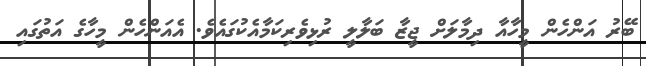
ބޭރު އަންހެން މީހާއާ ދިމާލަށް ޖީޒާ ބަލާލީ ރުޅިވެރިކަމާއެކުގައެވެ. އެއަންހެން މީހާގެ އަތުގައި